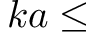
k a \le